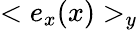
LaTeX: <e_{x}(x)>_{y}